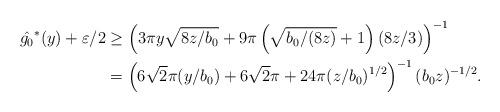
LaTeX: \begin{align*}\hat{g_0}^*(y) + \varepsilon/2 &\ge \left(3\pi y\sqrt{8z/b_0}+9\pi\left(\sqrt{b_0/(8z)}+1\right)(8z/3)\right)^{-1}\\&=\left(6\sqrt2\pi(y/b_0)+6\sqrt2\pi+24\pi(z/b_0)^{1/2}\right)^{-1}(b_0z)^{-1/2}.\end{align*}